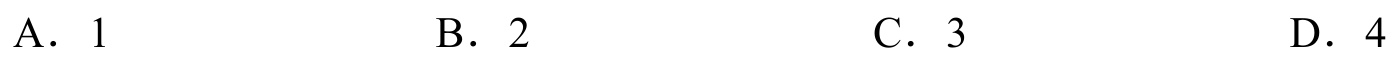
A. \(1\) \qquad B. \(2\) \qquad C. \(3\) \qquad D. \(4\)